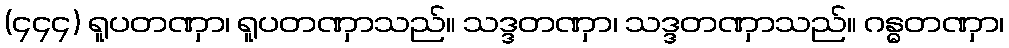
(၄၄၄) ရူပတဏှာ၊ ရူပတဏှာသည်။ သဒ္ဒတဏှာ၊ သဒ္ဒတဏှာသည်။ ဂန္ဓတဏှာ၊